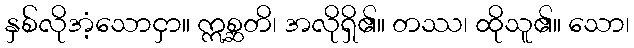
နှစ်လိုအံ့သောငှာ။ ဣစ္ဆတိ၊ အလိုရှိ၏။ တဿ၊ ထိုသူ၏။ သော၊